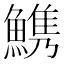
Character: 𩺫